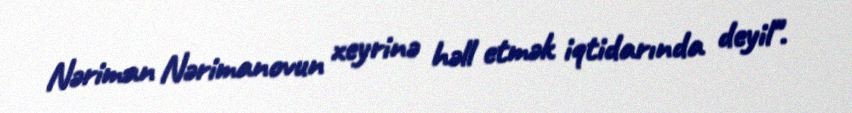
Nəriman Nərimanovun xeyrinə həll etmək iqtidarında deyil".